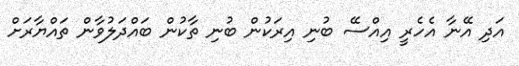
އަދި އޭނާ އެހެރީ އިއްސޭ ބުނި އިރަކުން ބުނި ތާކުން ބައްދަލުވާން ތައްޔާރަށް